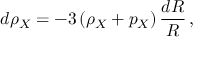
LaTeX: d \rho _ { X } = - 3 \left( \rho _ { X } + p _ { X } \right) \frac { d R } { R } \, ,